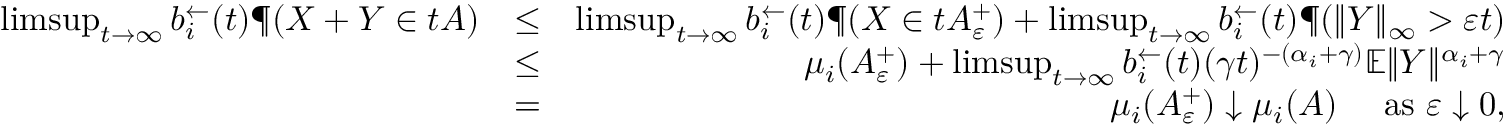
\begin{array} { r l r } { \operatorname* { l i m s u p } _ { t \to \infty } b _ { i } ^ { \leftarrow } ( t ) \P ( \boldsymbol X + \boldsymbol Y \in t A ) } & { \leq } & { \operatorname* { l i m s u p } _ { t \to \infty } b _ { i } ^ { \leftarrow } ( t ) \P ( \boldsymbol X \in t A _ { \varepsilon } ^ { + } ) + \operatorname* { l i m s u p } _ { t \to \infty } b _ { i } ^ { \leftarrow } ( t ) \P ( \| \boldsymbol Y \| _ { \infty } > \varepsilon t ) } \\ & { \leq } & { \mu _ { i } ( A _ { \varepsilon } ^ { + } ) + \operatorname* { l i m s u p } _ { t \to \infty } b _ { i } ^ { \leftarrow } ( t ) ( \gamma t ) ^ { - ( \alpha _ { i } + \gamma ) } \mathbb { E } \| \boldsymbol Y \| ^ { \alpha _ { i } + \gamma } } \\ & { = } & { \mu _ { i } ( A _ { \varepsilon } ^ { + } ) \downarrow \mu _ { i } ( A ) \quad \mathrm { ~ a s ~ } \varepsilon \downarrow 0 , } \end{array}